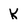
Character: K